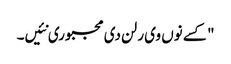
" کسے نوں وی رلن دی مجبوری نئیں۔